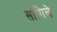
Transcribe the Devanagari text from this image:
सांगिले